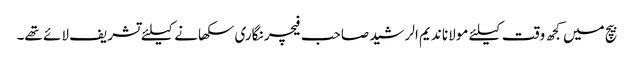
بیچ میں کجھ وقت کیلئے مولانا ندیم الرشید صاحب فیچر نگاری سکھانے کیلئے تشریف لائے تھے۔